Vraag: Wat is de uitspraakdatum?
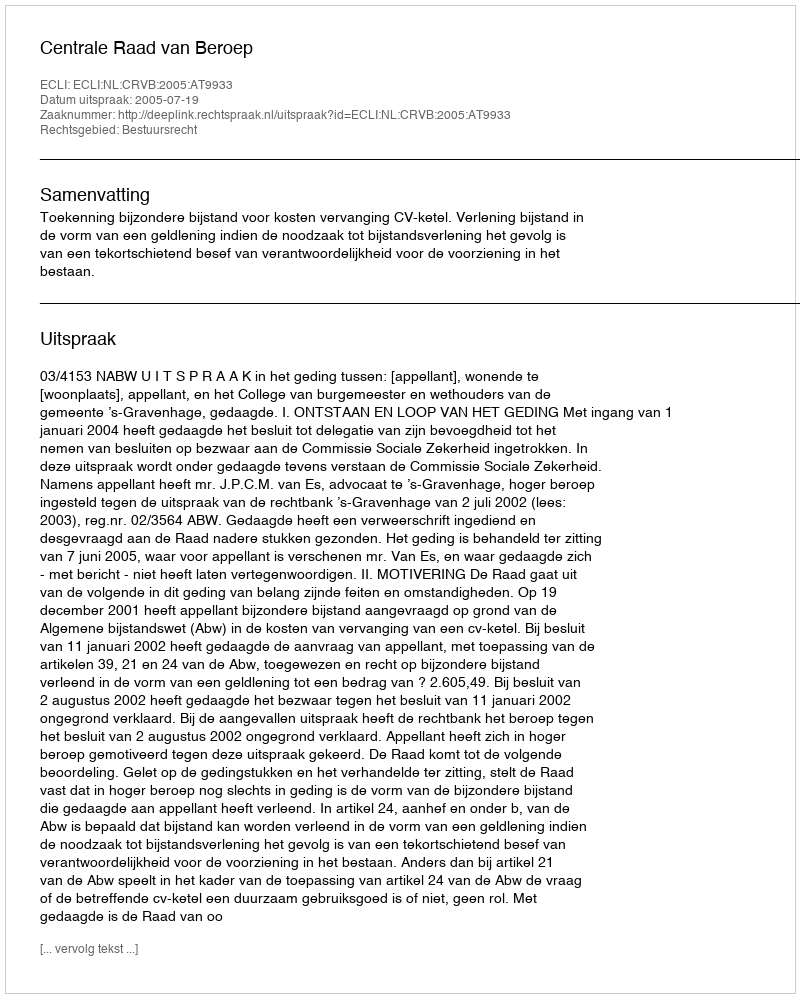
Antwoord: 2005-07-19